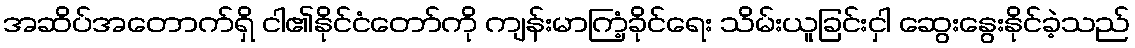
အဆိပ်အတောက်ရှိ ငါ၏နိုင်ငံတော်ကို ကျန်းမာကြံ့ခိုင်ရေး သိမ်းယူခြင်းငှါ ဆွေးနွေးနိုင်ခဲ့သည်